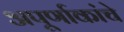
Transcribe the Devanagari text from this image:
अपूर्णाकांचे